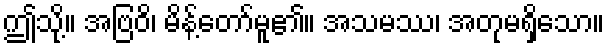
ဤသို့။ အဗြဝိ၊ မိန့်တော်မူ၏။ အသမဿ၊ အတုမရှိသော။